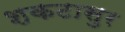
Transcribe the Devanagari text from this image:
शकटासुर